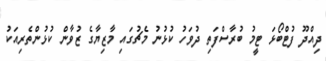
ދިއްދޫ ފުޓްބޯޅަ ޓީީމު ބުރާސްފަތި ދުވަހު ކުޅުނު މެޗުގައި މާޒިޔާގެ ޒުވާން ކުޅުންތެރިއަކު